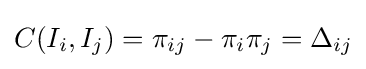
C(I_{i},I_{j})=\pi _{ij}-\pi _{i}\pi _{j}=\Delta _{ij}